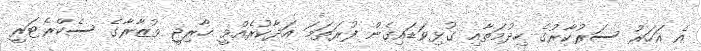
އެ އަހަރު ސަރުކާރުގެ ހިދުމަތާއި ގުޅިވަޑައިގެން ފުރަތަމަ އަދާކުރެއްވީ ހާރިޖީ ވުޒާރާގެ ސެކްރެޓަރީ